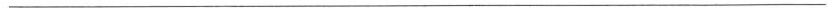
——————